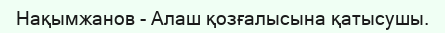
Нақымжанов - Алаш қозғалысына қатысушы.